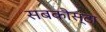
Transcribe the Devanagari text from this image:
सबकौस्टा